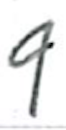
Text: 9
Cross-out: clean
Writing tool: ballpoint